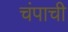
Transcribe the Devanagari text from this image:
चंपाची